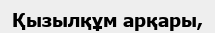
Қызылқұм арқары,